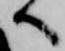
へ